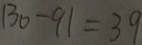
1 3 0 - 9 1 = 3 9